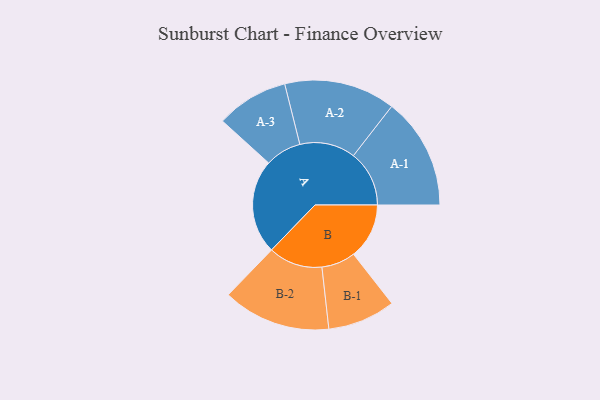
{"axis": {"x": "Segment", "y": "Value"}, "legend": ["", "A", "B"], "data": [{"x": "A", "y": 465, "type": ""}, {"x": "B", "y": 274, "type": ""}, {"x": "A-1", "y": 275, "type": "A"}, {"x": "A-2", "y": 274, "type": "A"}, {"x": "A-3", "y": 178, "type": "A"}, {"x": "B-1", "y": 167, "type": "B"}, {"x": "B-2", "y": 266, "type": "B"}]}